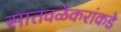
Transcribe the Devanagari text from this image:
सातवळेकरांकडे